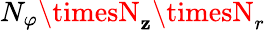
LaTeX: N_{\varphi}\timesN_{\mathbf{z}}\timesN_{r}